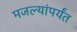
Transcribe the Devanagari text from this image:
मजल्यांपर्यंत